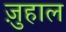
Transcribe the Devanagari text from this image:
ज़ुहाल